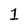
Character: 1